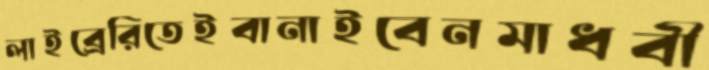
লাইব্রেরিতেইবানাইবেনমাধবী